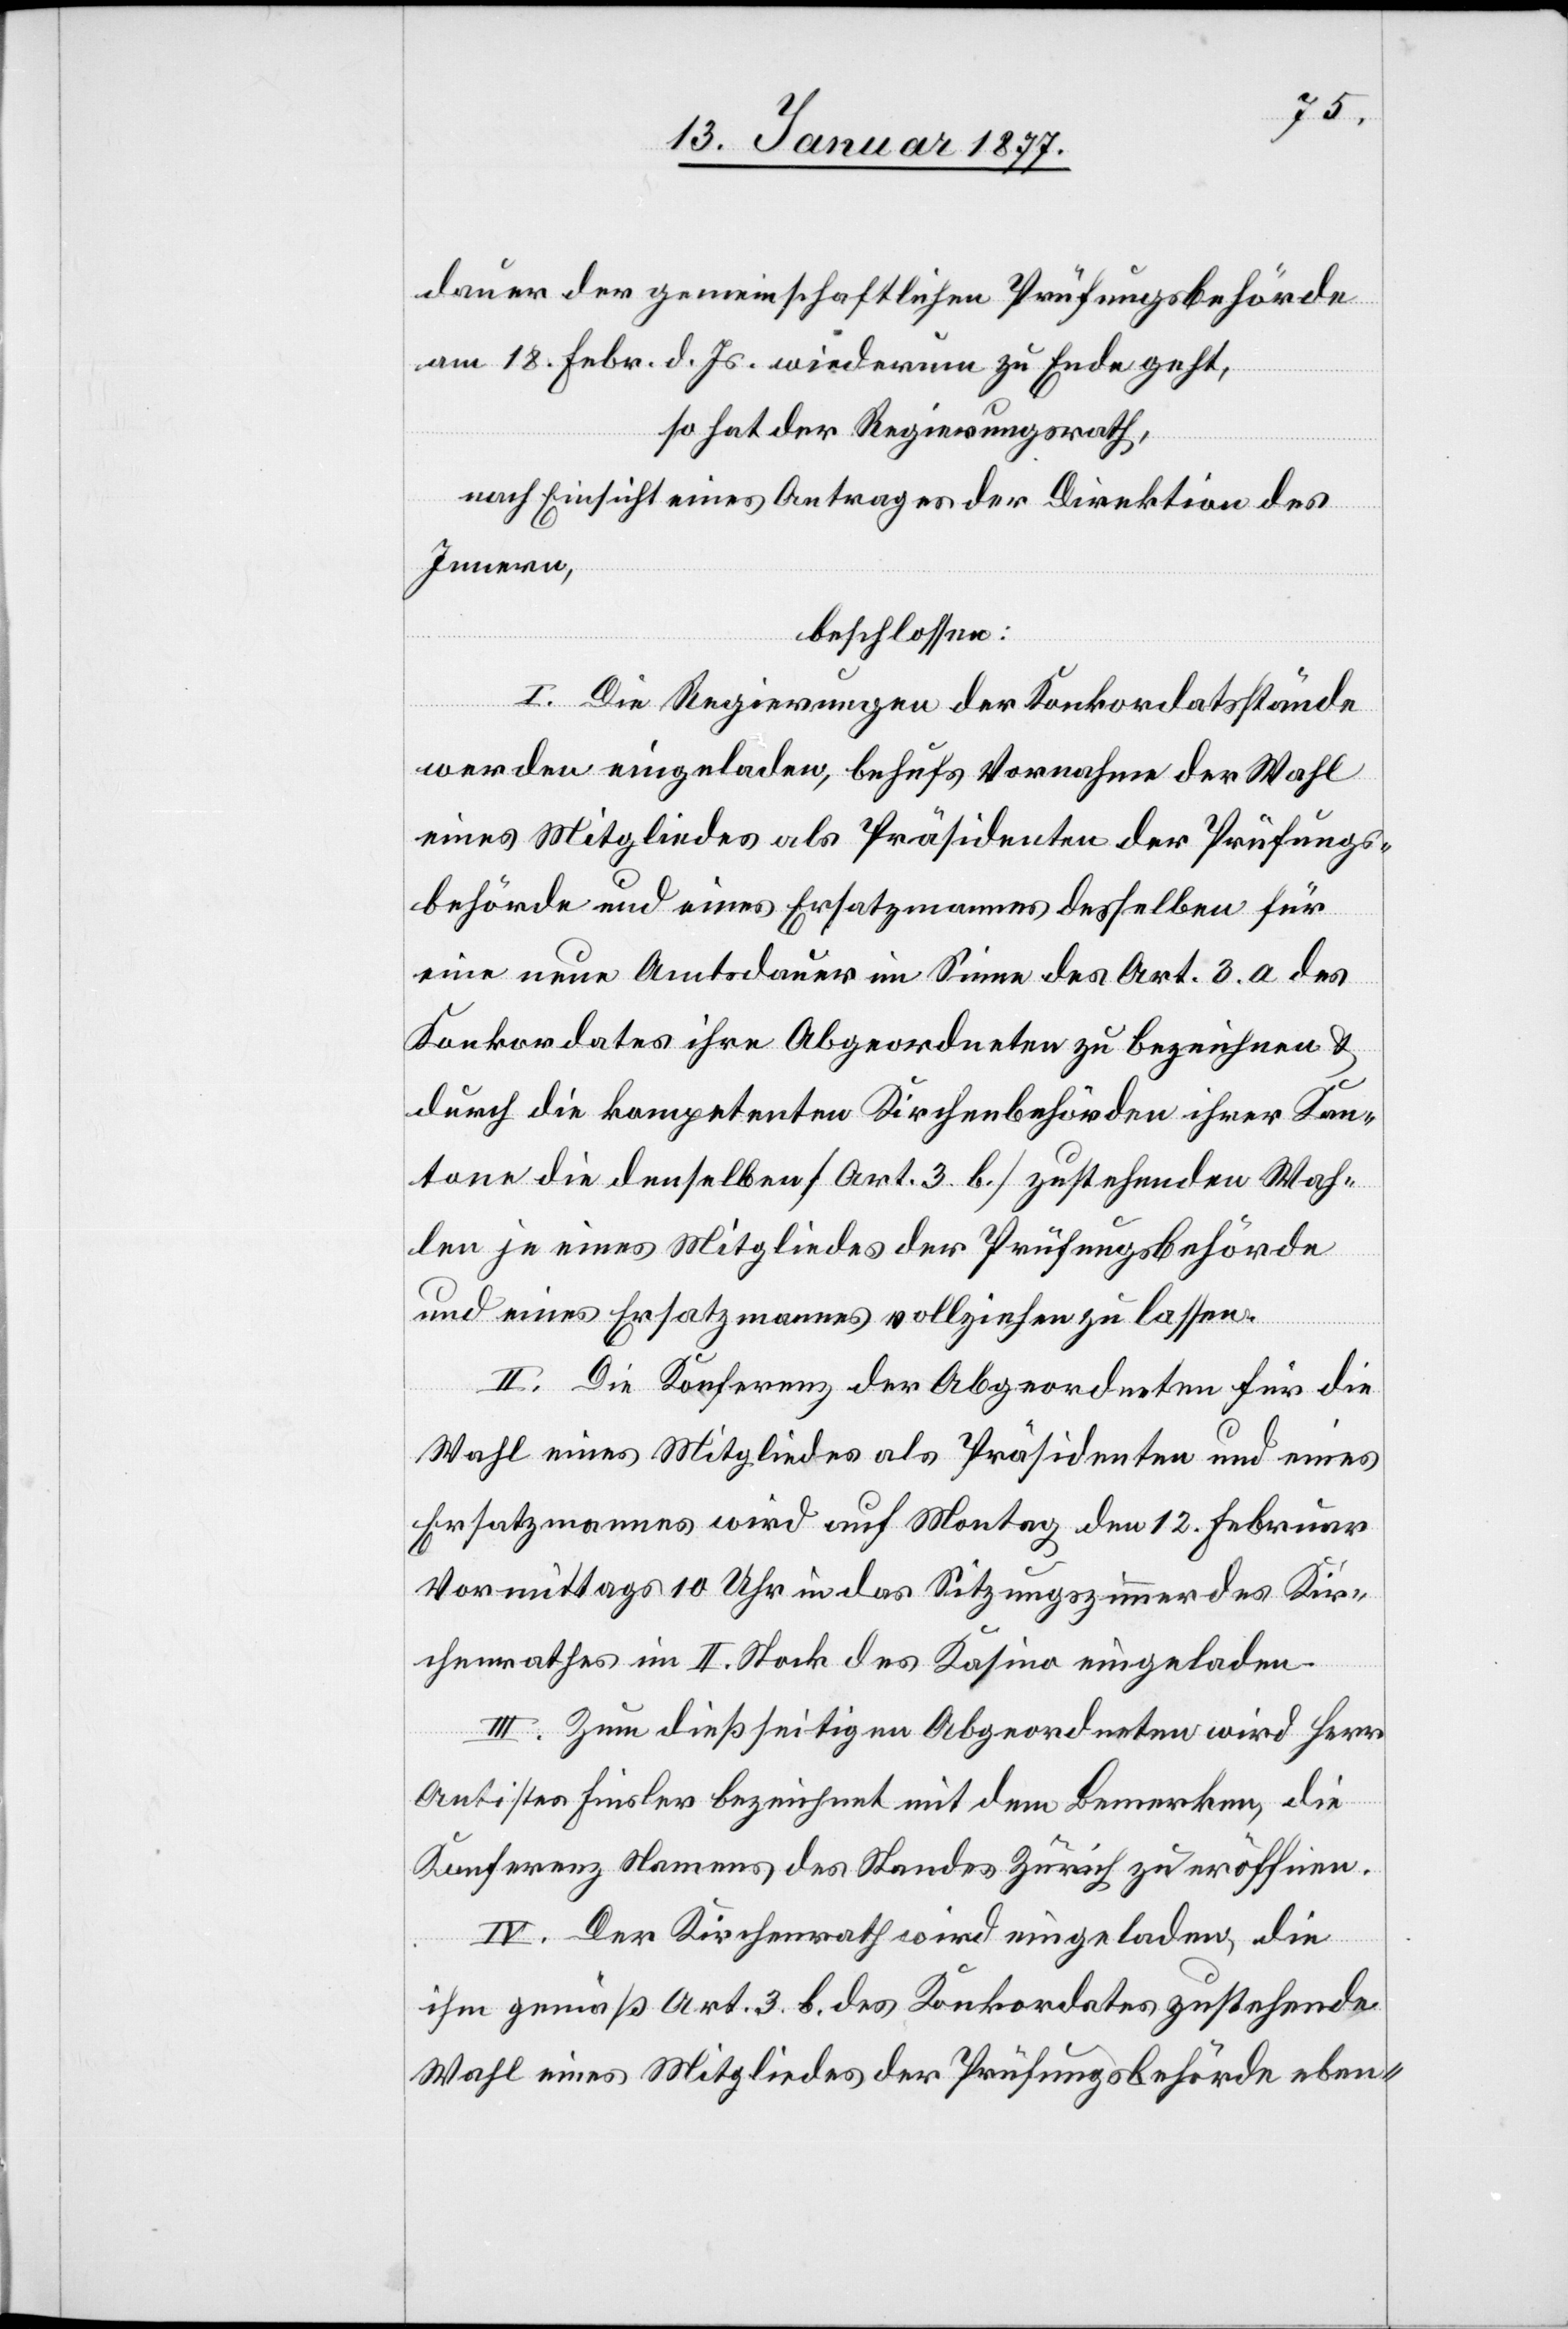
dauer der gemeinschaftlichen Prüfungsbehörde
am 18. Febr. d. Js. wiederum zu Ende geht,
so hat der Regierungsrath,
nach Einsicht eines Antrages der Direktion des
Innern,
beschlossen:
I. Die Regierungen der Konkordatsstände
werden eingeladen, behufs Vornahme der Wahl
eines Mitgliedes als Präsidenten der Prüfungs¬
behörde und eines Ersatzmannes desselben für
eine neue Amtsdauer im Sinne des Art. 3. a des
Konkordates ihre Abgeordneten zu bezeichnen &
durch die kompetenten Kirchenbehörden ihrer Kan¬
tone die denselben [Art. 3. b.] zustehenden Wah¬
len je eines Mitgliedes der Prüfungsbehörde
und eines Ersatzmannes vollziehen zu lassen.
II. Die Konferenz der Abgeordneten für die
Wahl eines Mitgliedes als Präsidenten und eines
Ersatzmannes wird auf Montag den 12. Februar
Vormittags 10 Uhr in das Sitzungszimmer des Kir¬
chenrathes im II. Stock des Kasino eingeladen.
III. Zum dießseitigen Abgeordneten wird Herr
Antistes Finsler bezeichnet mit dem Bemerken, die
Konferenz Namens des Standes Zürich zu eröffnen.
IV. Der Kirchenrath wird eingeladen, die
ihm gemäß Art. 3. b. des Konkordates zustehende
Wahl eines Mitgliedes der Prüfungsbehörde eben-